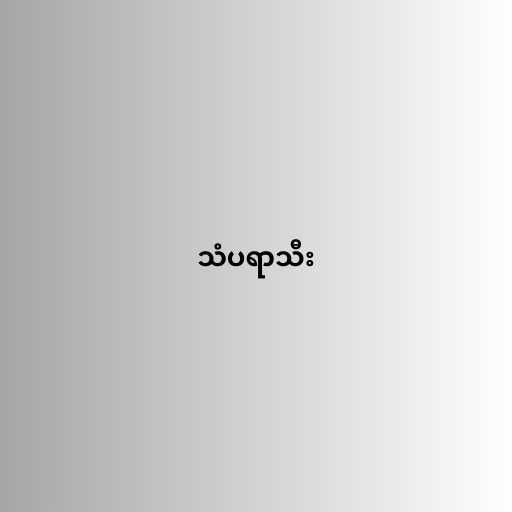
သံပရာသီး